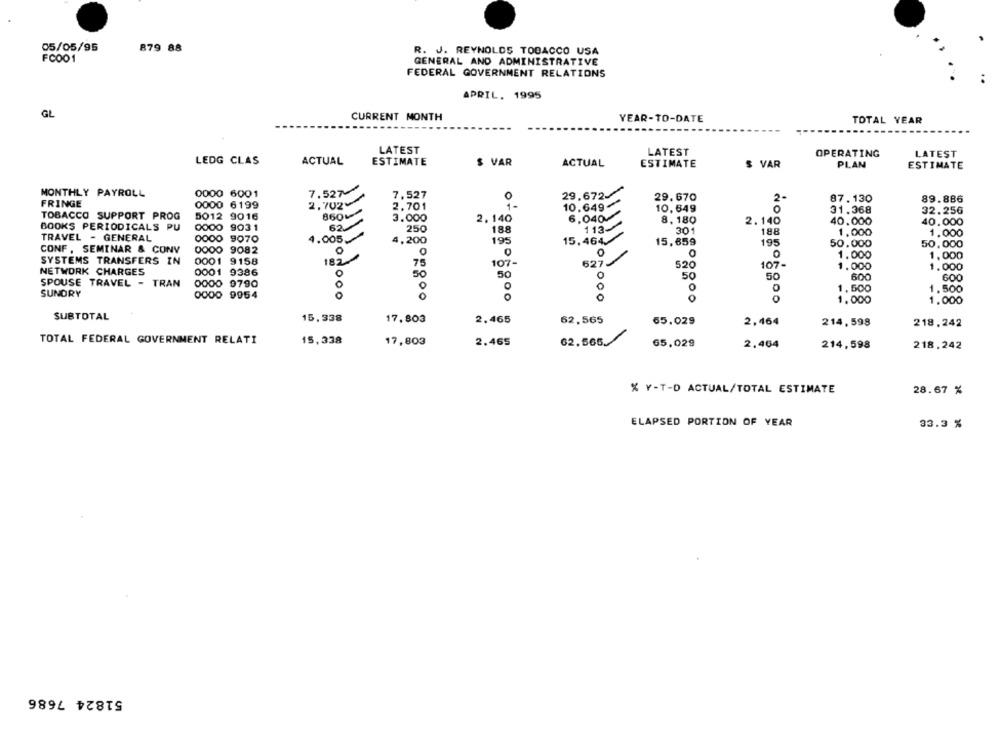
05/05/95
879 88
R. J. REYNOLDS TOBACCO USA
FC001
GENERAL AND ADMINISTRATIVE
FEDERAL GOVERNMENT RELATIONS
APRIL. 1995
GL
CURRENT MONTH
YEAR-TO-DATE
TOTAL YEAR
LATEST
LATEST
OPERATING
LATEST
LEDG CLAS
ACTUAL
ESTIMATE
$ VAR
ACTUAL
ESTIMATE
$ VAR
PLAN
ESTIMATE
MONTHLY PAYROLL
0000 6001
7.527-
29.672-/
2.702
7.527
29.670
2
87.130
89.886
FRINGE
0000 6199
2.701
10.649-
10, 649
TOBACCO SUPPORT PROG
5012 9016
860
31.368
32.256
3.000
2. 140
6,040-
8,180
2.140
40.000
40.000
BOOKS PERIODICALS PU
0000 9031
62.
250
188
113-
301
188
TRAVEL - GENERAL
4.005
1,000
1.000
0000 9070
4,200
195
15.464
15,659
195
50.000
50,000
CONF , SEMINAR & CONV
0000 9082
O
0
O
0001
9158
O
1.000
1,000
SYSTEMS TRANSFERS IN
182
75
107-
627
520
107-
1.000
1.000
NETWORK CHARGES
0001 9386
O
50
50
50
SPOUSE TRAVEL - TRAN
50
600
0000 9790
O
1. 500
1.500
SUNDRY
0000 9954
0
Oroco
0
1.000
1.000
SUBTOTAL
15,338
17.803
2,465
62,565
65.029
2,464
214,598
218.242
TOTAL FEDERAL GOVERNMENT RELATI
15,338
17,803
2.465
62.566.
65,029
2.464
214,598
218.242
% Y-T-D ACTUAL/TOTAL ESTIMATE
28.67 %
ELAPSED PORTION OF YEAR
33.3 %
51824 7686